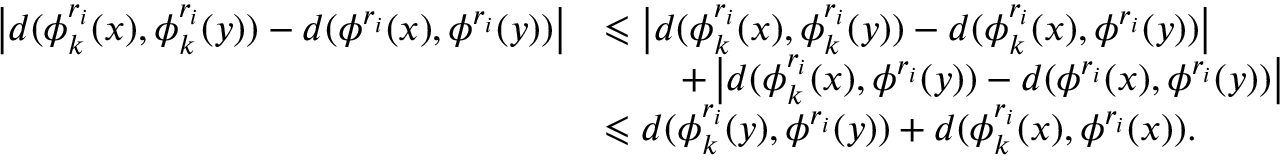
\begin{array} { r l } { \left\vert d ( \phi _ { k } ^ { r _ { i } } ( x ) , \phi _ { k } ^ { r _ { i } } ( y ) ) - d ( \phi ^ { r _ { i } } ( x ) , \phi ^ { r _ { i } } ( y ) ) \right\vert } & { \leqslant \left\vert d ( \phi _ { k } ^ { r _ { i } } ( x ) , \phi _ { k } ^ { r _ { i } } ( y ) ) - d ( \phi _ { k } ^ { r _ { i } } ( x ) , \phi ^ { r _ { i } } ( y ) ) \right\vert } \\ & { \qquad + \left\vert d ( \phi _ { k } ^ { r _ { i } } ( x ) , \phi ^ { r _ { i } } ( y ) ) - d ( \phi ^ { r _ { i } } ( x ) , \phi ^ { r _ { i } } ( y ) ) \right\vert } \\ & { \leqslant d ( \phi _ { k } ^ { r _ { i } } ( y ) , \phi ^ { r _ { i } } ( y ) ) + d ( \phi _ { k } ^ { r _ { i } } ( x ) , \phi ^ { r _ { i } } ( x ) ) . } \end{array}